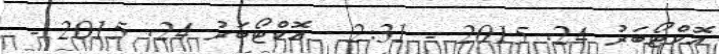
އޮކްޓޯބަރު 24